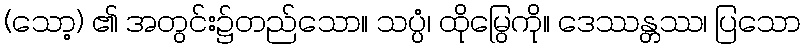
(သော့) ၏ အတွင်း၌တည်သော။ သပ္ပံ၊ ထိုမြွေကို။ ဒေဿန္တဿ၊ ပြသော